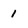
Character: 1